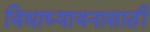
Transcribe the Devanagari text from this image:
विद्याध्यायनासाठी